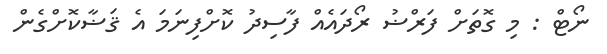
ނޯޓް : މި ގޮތަށް ފަރްޟު ރޯދައެއް ފާސިދު ކޮށްފިނަމަ އެ ޤަޟާކޮށްގެން